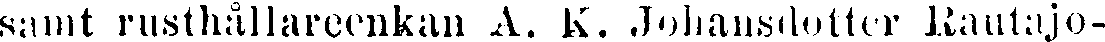
samt rusthållareenkan A. K. Johansdotter Rautajo-